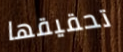
تحقيقها